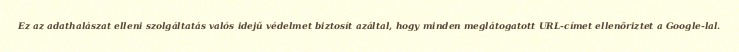
Ez az adathalászat elleni szolgáltatás valós idejű védelmet biztosít azáltal, hogy minden meglátogatott URL-címet ellenőriztet a Google-lal.